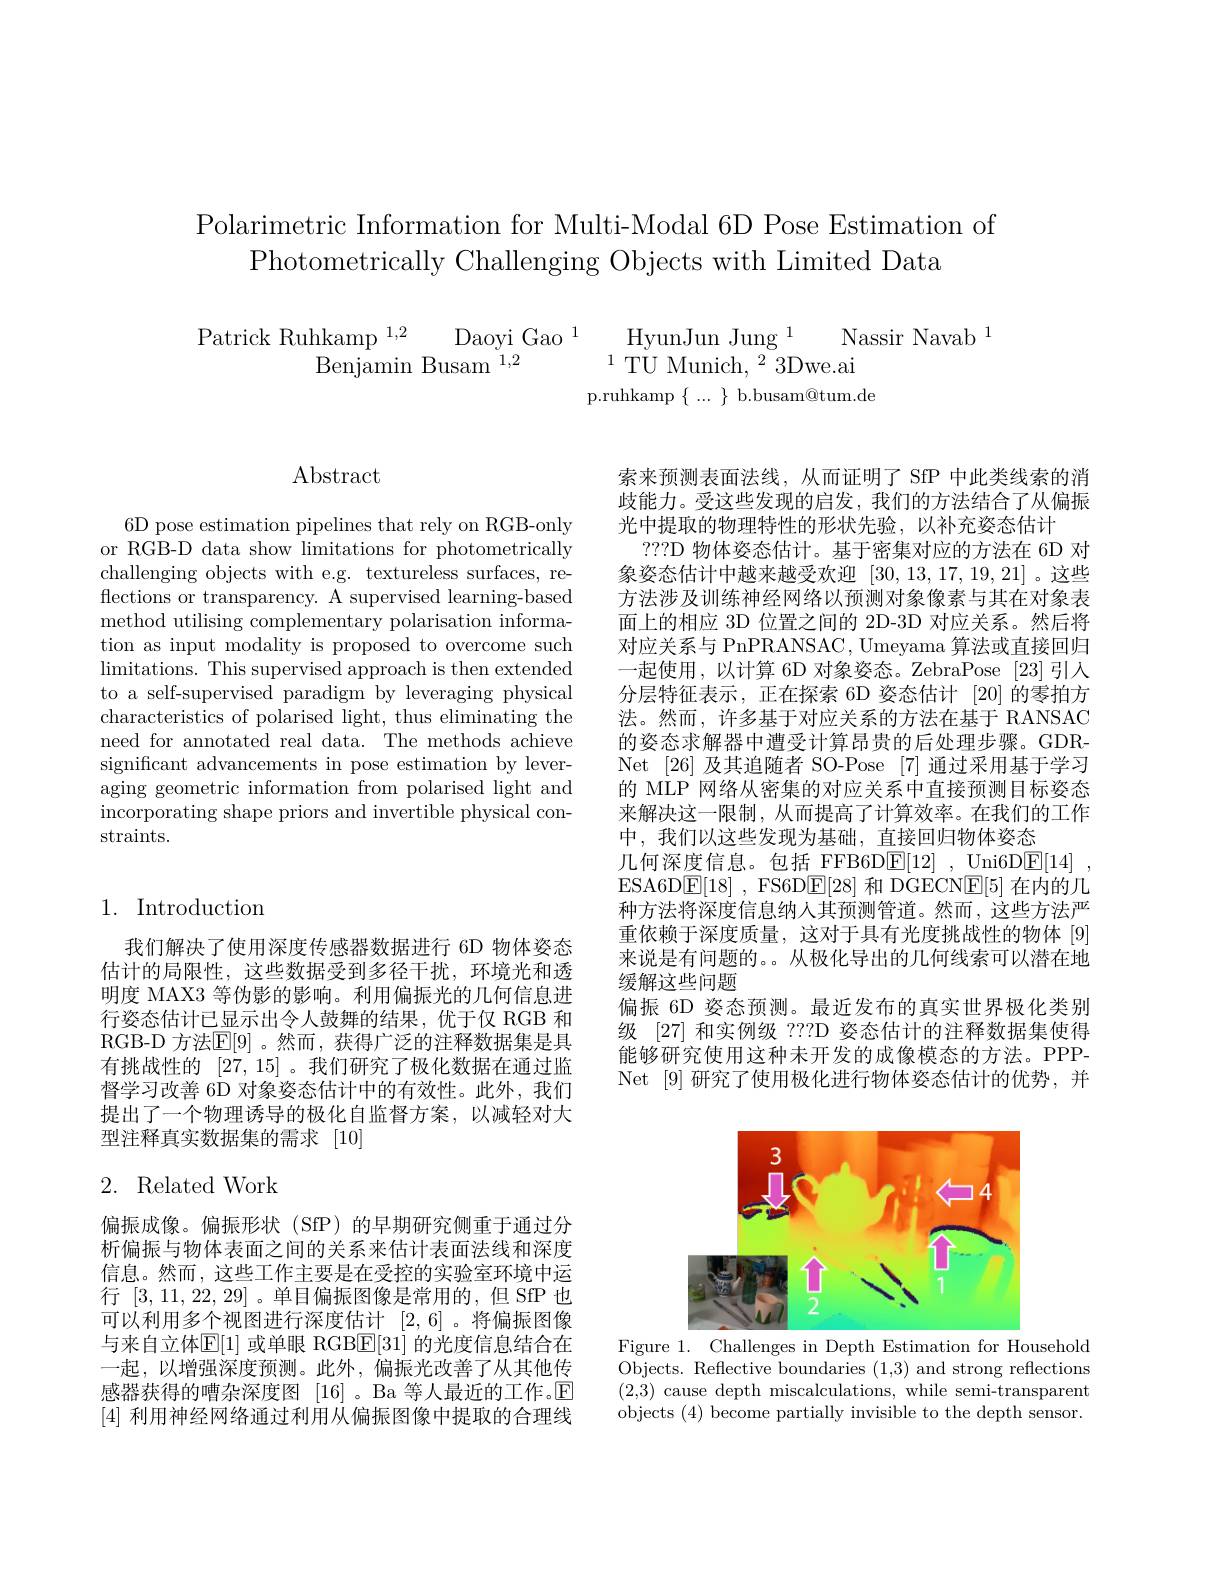
Polarimetric Information for Multi-Modal 6D Pose Estimation of
Photometrically Challenging Objects with Limited Data

$\begin{array}{cc}{\mathrm{Patrick~Ruhkamp~}^{1,2}}&{\mathrm{Daoyi~Gao~}^{1}}&{\mathrm{HyunJun~Jung~}^{1}}&{\mathrm{Nassir~Navab~}^{1}}\\{\mathrm{Benjamin~Busam~}^{1,2}}&{^{1}}&{\mathrm{TU~Munich,~}^{2}3\mathrm{Dwe.ai}}\end{array}$
p.ruhkamp$\left\{\begin{array}{cc}\ldots\end{array}\right\}$b.busam@tum.de

$\operatorname{Abstract}$

6D pose estimation pipelines that rely on RGB-only or RGB-D data show limitations for photometrically challenging objects with e.g. textureless surfaces, reflections or transparency. A supervised learning-based method utilising complementary polarisation information as input modality is proposed to overcome such limitations. This supervised approach is then extended to a self-supervised paradigm by leveraging physical characteristics of polarised light, thus eliminating the need for annotated real data. The methods achieve significant advancements in pose estimation by leveraging geometric information from polarised light and incorporating shape priors and invertible physical constraints.

# 1. Introduction

我们解决了使用深度传感器数据进行 6D 物体姿态估计的局限性，这些数据受到多径干扰，环境光和透明度 MAX3 等伪影的影响。利用偏振光的几何信息进行姿态估计已显示出令人鼓舞的结果，优于仅 RGB 和RGB-D 方法[E[9] 。然而，获得广泛的注释数据集是具有挑战性的[27,15] 。我们研究了极化数据在通过监督学习改善 6D 对象姿态估计中的有效性。此外，我们提出了一个物理诱导的极化自监督方案，以减轻对大型注释真实数据集的需求[10]

## 2. Related Work

偏振成像。偏振形状(SfP)的早期研究侧重于通过分析偏振与物体表面之间的关系来估计表面法线和深度信息。然而，这些工作主要是在受控的实验室环境中运行[3,11,22,29]。单目偏振图像是常用的，但 SfP 也可以利用多个视图进行深度估计 [2,6]。将偏振图像与来自立体$\mathbb{E}[1]$ 或单眼 RGB$\mathbb{E}[31]$ 的光度信息结合在一起，以增强深度预测。此外，偏振光改善了从其他传感器获得的嘈杂深度图[16] 。Ba 等人最近的工作。回[4]利用神经网络通过利用从偏振图像中提取的合理线

索来预测表面法线，从而证明了 SfP 中此类线索的消歧能力。受这些发现的启发，我们的方法结合了从偏振光中提取的物理特性的形状先验，以补充姿态估计
???D 物体姿态估计。基于密集对应的方法在 6D 对象姿态估计中越来越受欢迎[30,13,17,19,21]。这些方法涉及训练神经网络以预测对象像素与其在对象表面上的相应 3D 位置之间的 2D-3D 对应关系。然后将对应关系与 PnPRANSAC, Umeyama 算法或直接回归一起使用，以计算 6D 对象姿态。ZebraPose [23] 引人分层特征表示，正在探索 6D 姿态估计 [20]的零拍方法。然而，许多基于对应关系的方法在基于 RANSAC 的姿态求解器中遭受计算昂贵的后处理步骤。GDRNet [26] 及其追随者 SO-Pose [7] 通过采用基于学习的 MLP 网络从密集的对应关系中直接预测目标姿态来解决这一限制，从而提高了计算效率。在我们的工作中，我们以这些发现为基础，直接回归物体姿态
几何深度信息。包括 FFB6D$\boxed{\mathrm{F} }[ 12]$ , Uni6D$\boxed{\mathrm{E} }[ 14]$ , ESA6D$\boxed{\mathrm{E}}[18]$,FS6D$\boxed{\mathrm{E}}[28]$和 DGECN$\boxed{\mathrm{E}}[5]$在内的几种方法将深度信息纳人其预测管道。然而，这些方法严重依赖于深度质量，这对于具有光度挑战性的物体[9] 来说是有问题的。。从极化导出的几何线索可以潜在地缓解这些问题
偏振 6D 姿态预测。最近发布的真实世界极化类别级 [27] 和实例级 ???D 姿态估计的注释数据集使得能够研究使用这种未开发的成像模态的方法。PPPNet [9]研究了使用极化进行物体姿态估计的优势，并

<FigureHere>

Figure 1. Challenges in Depth Estimation for Household Objects. Reflective boundaries (1,3) and strong reflections (2,3) cause depth miscalculations, while semi-transparent objects (4) become partially invisible to the depth sensor.